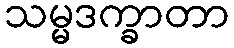
သမ္မဒက္ခာတာ